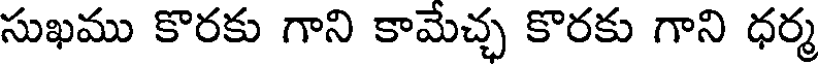
సుఖము కొరకు గాని కామేచ్చ కొరకు గాని ధర్మ